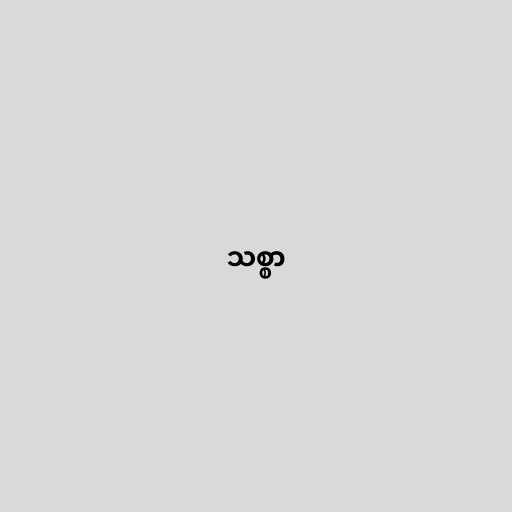
သစ္စာ